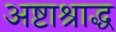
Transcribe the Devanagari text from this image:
अष्टाश्राद्ध